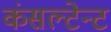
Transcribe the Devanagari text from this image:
कंसल्टेन्ट